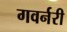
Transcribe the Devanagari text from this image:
गवर्नरी